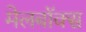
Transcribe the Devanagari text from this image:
मेलबाॅक्स